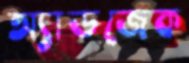
অ্যাডজেক